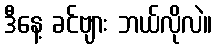
ဒီနေ့ ခင်ဗျား ဘယ်လိုလဲ။